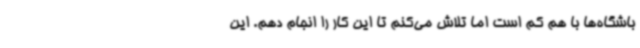
باشگاه‌ها با هم کم است اما تلاش می‌کنم تا این کار را انجام دهم. این